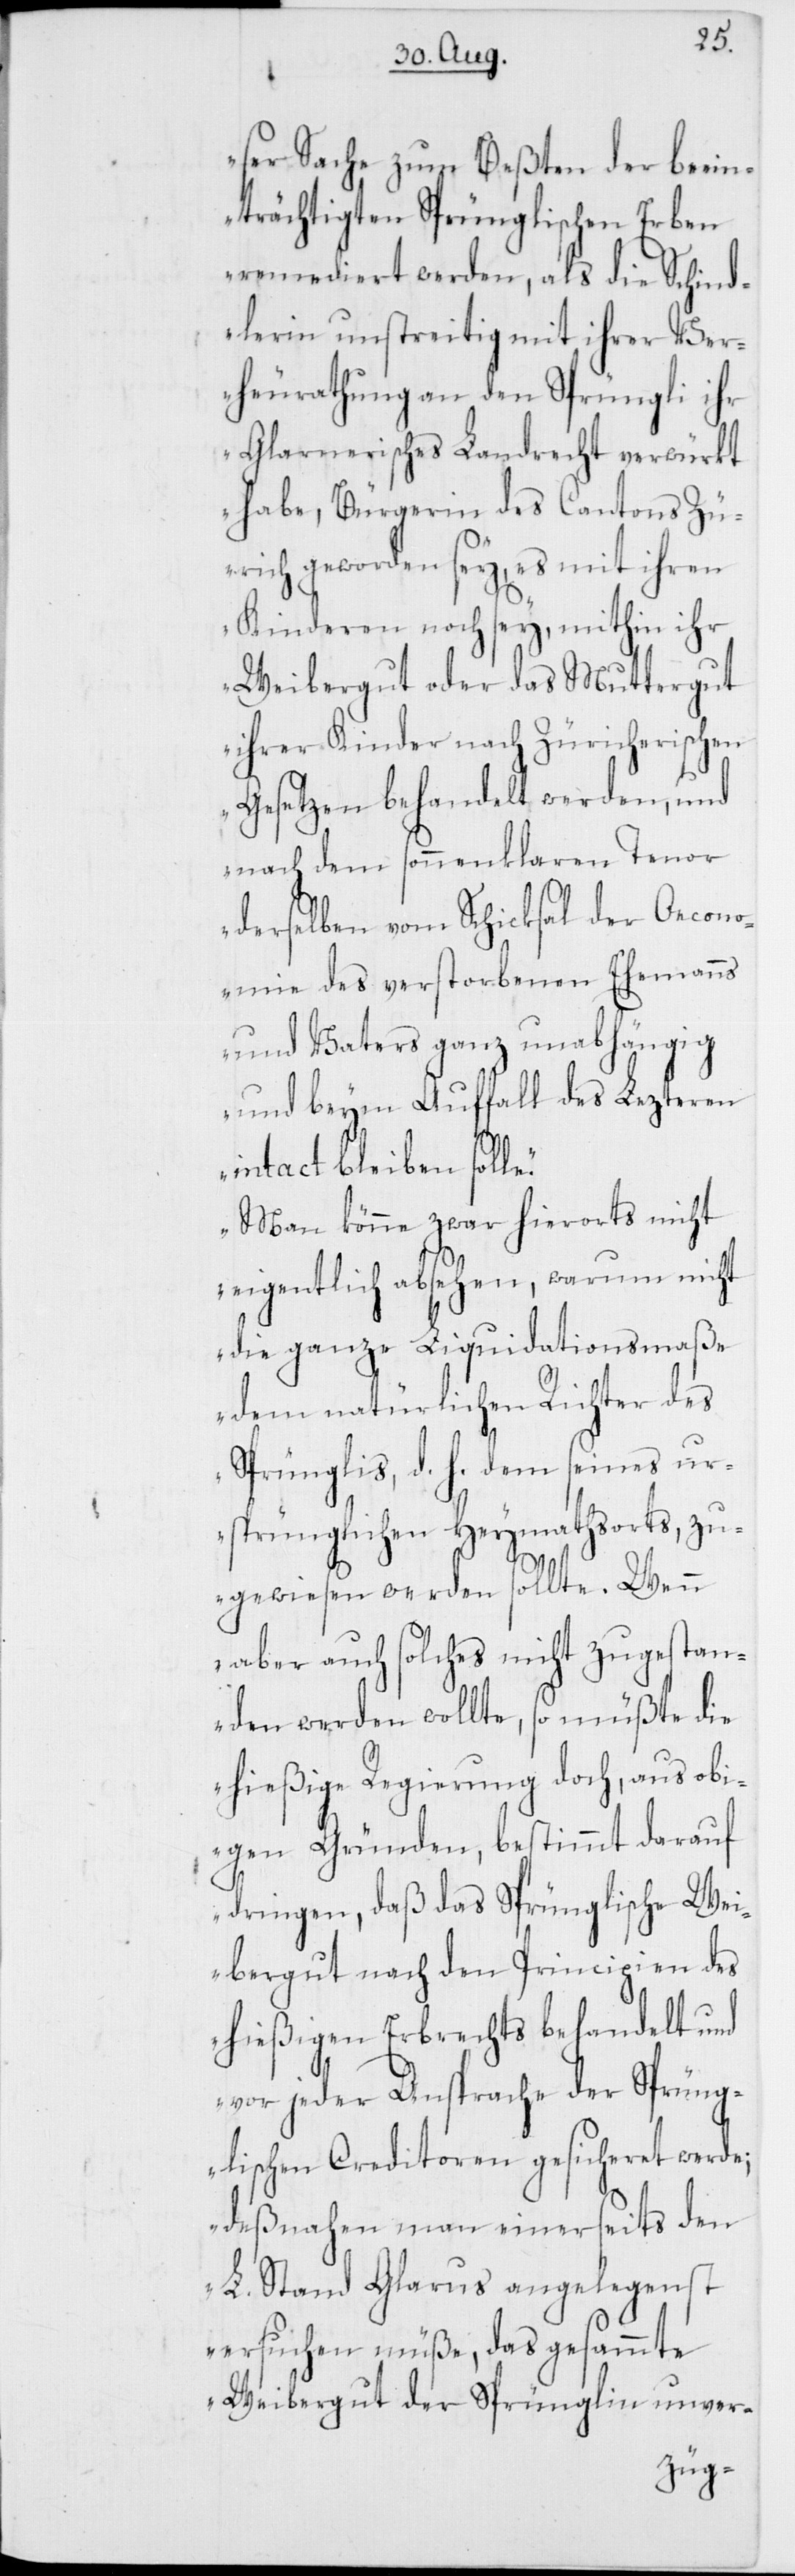
ser Sache zum Beßten der beein¬
trächtigten Sprünglischen Erben
remediert werden, als die Schind¬
lerin unstreitig mit ihrer Ver¬
heurathung an den Sprüngli ihr
Glarnerisches Landrecht verwürkt
habe, Bürgerin des Cantons Zü¬
rich geworden sey, es mit ihren
Kinderen noch sey, mithin ihr
Weibergut oder das Muttergut
ihrer Kinder nach Züricherischen
Gesetzen behandelt werden, und
nach dem sonnenklaren Tenor
derselben vom Schicksal der Oecono¬
mie des verstorbenen Ehemanns
und Vaters ganz unabhängig
und beym Auffall des Letzteren
intact bleiben solle.
Man könne zwar hierorts nicht
eigentlich absehen, warum nicht
die ganze Liquidationsmaße
dem natürlichen Richter des
Sprünglis, d. h. dem seines ur¬
sprünglichen Heymathsorts, zu¬
gewiesen werden sollte. Wenn
aber auch solches nicht zugestan¬
den werden wollte, so müßte die
hießige Regierung doch, aus obi¬
gen Gründen, bestimmt darauf
dringen, daß das Sprünglische Wei¬
bergut nach den Principien des
ghießigen Erbrechts behandelt und
vor jeder Ansprache der Sprüng¬
lischen Creditoren gesicheret werde;
deßnahen man einerseits den
L. Stand Glarus angelegenst
ersuchen müße, das gesammte
Weibergut der Sprünglin unver-
hießi¬